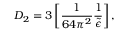
D _ { 2 } = 3 \left[ \frac { 1 } { 6 4 \pi ^ { 2 } } \frac { 1 } { \widetilde \epsilon } \right] ,